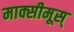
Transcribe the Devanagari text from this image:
माक्सीमूस्